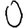
Digit: 0